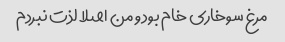
مرغ سوخاری خام بود و من اصلا لذت نبردم